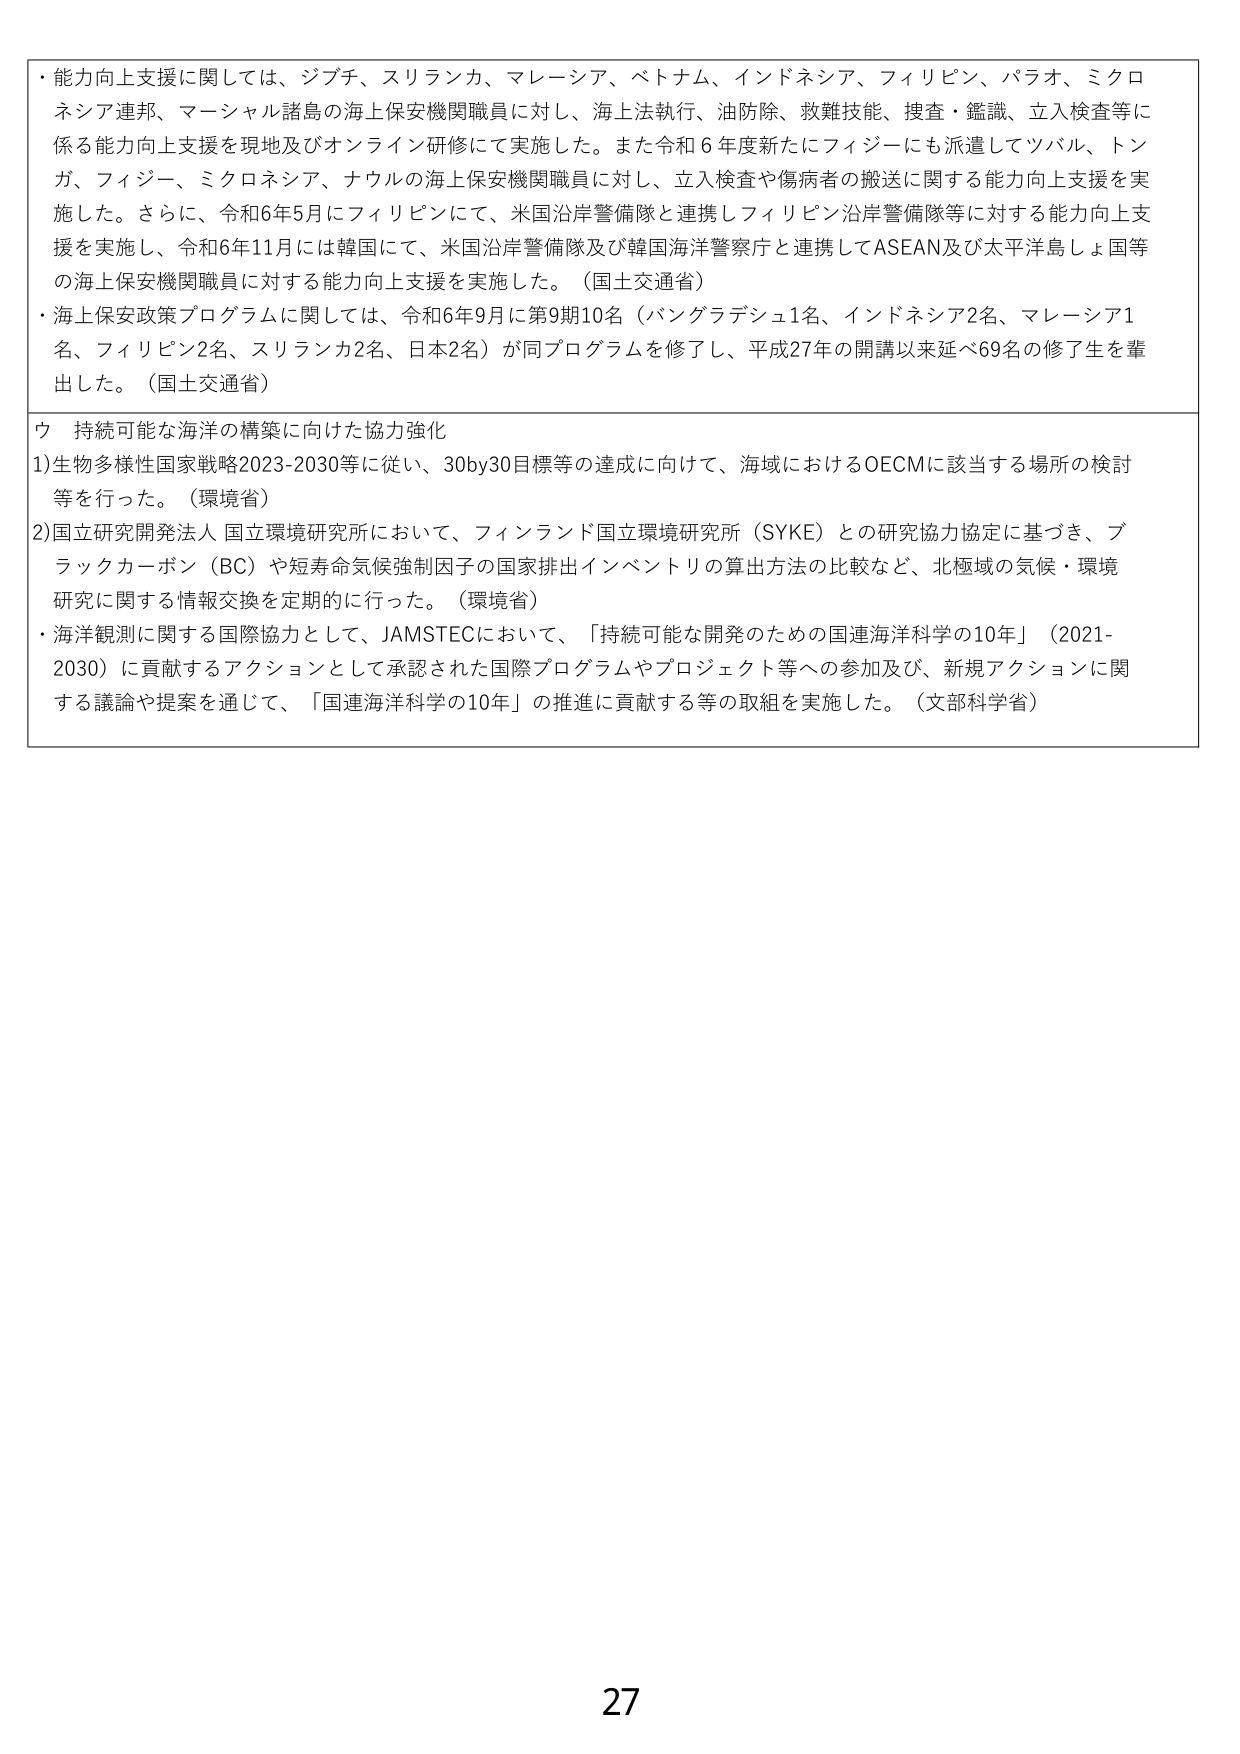
・能力向上支援に関しては、ジブチ、スリランカ、マレーシア、ベトナム、インドネシア、フィリピン、パラオ、ミクロネシア連邦、マーシャル諸島の海上保安機関職員に対し、海上法執行、油防除、救難技能、捜査・鑑識、立入検査等に係る能力向上支援を現地及びオンライン研修にて実施した。また令和６年度新たにフィジーにも派遣してソバル、トンガ、フィジー、ミクロネシア、ナウルの海上保安機関職員に対し、立入検査や傷病者の搬送に関する能力向上支援を実施した。さらに、令和6年5月にフィリピンにて、米国沿岸警備隊と連携しフィリピン沿岸警備隊等に対する能力向上支援を実施し、令和6年11月には韓国にて、米国沿岸警備隊及び韓国海洋警察庁と連携してASEAN及び太平洋島しょ国等の海上保安機関職員に対する能力向上支援を実施した。（国土交通省）

・海上保安政策プログラムに関しては、令和6年9月に第9期10名（バングラデシュ1名、インドネシア2名、マレーシア1名、フィリピン2名、スリランカ2名、日本2名）が同プログラムを修了し、平成27年の開講以来延べ69名の修了生を輩出した。（国土交通省）

ウ 持続可能な海洋の構築に向けた協力強化

1)生物多様性国家戦略2023-2030等に従い、30by30目標等の達成に向けて、海域におけるOECMに該当する場所の検討等を行った。（環境省）

2)国立研究開発法人 国立環境研究所において、フィンランド国立環境研究所（SYKE）との研究協力協定に基づき、ブラックカーボン（BC）や短寿命気候強制因子の国家排出インベントリの算出方法の比較など、北極域の気候・環境研究に関する情報交換を定期的に行った。（環境省）

・海洋観測に関する国際協力として、JAMSTECにおいて、「持続可能な開発のための国連海洋科学の10年」（2021-2030）に貢献するアクションとして承認された国際プログラムやプロジェクト等への参加及び、新規アクションに関する議論や提案を通じて、「国連海洋科学の10年」の推進に貢献する等の取組を実施した。（文部科学省）

27